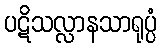
ပဋိသလ္လာနသာရုပ္ပံ